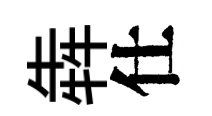
犇仕